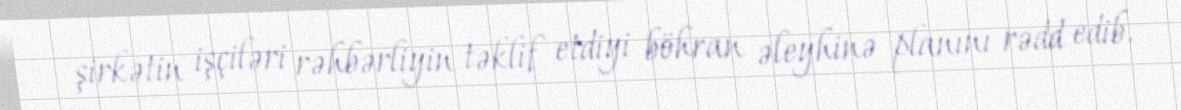
şirkətin işçiləri rəhbərliyin təklif etdiyi böhran əleyhinə planını rədd edib.